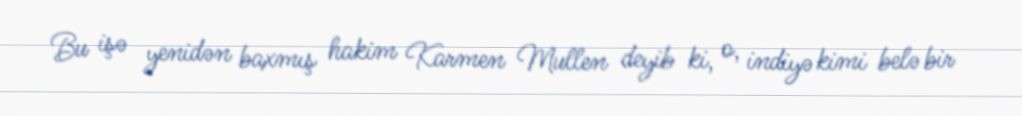
Bu işə yenidən baxmış hakim Karmen Mullen deyib ki, o, indiyə kimi belə bir